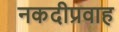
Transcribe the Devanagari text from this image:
नकदीप्रवाह